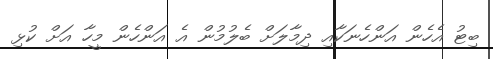
ބިޓު އެހެން އަންހެނަކާއި ދިމާލަށް ބެލުމުން އެ އަންހެން މީހާ އަށް ކުޅި